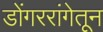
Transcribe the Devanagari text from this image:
डोंगररांगेतून